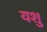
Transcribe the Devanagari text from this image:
यशु